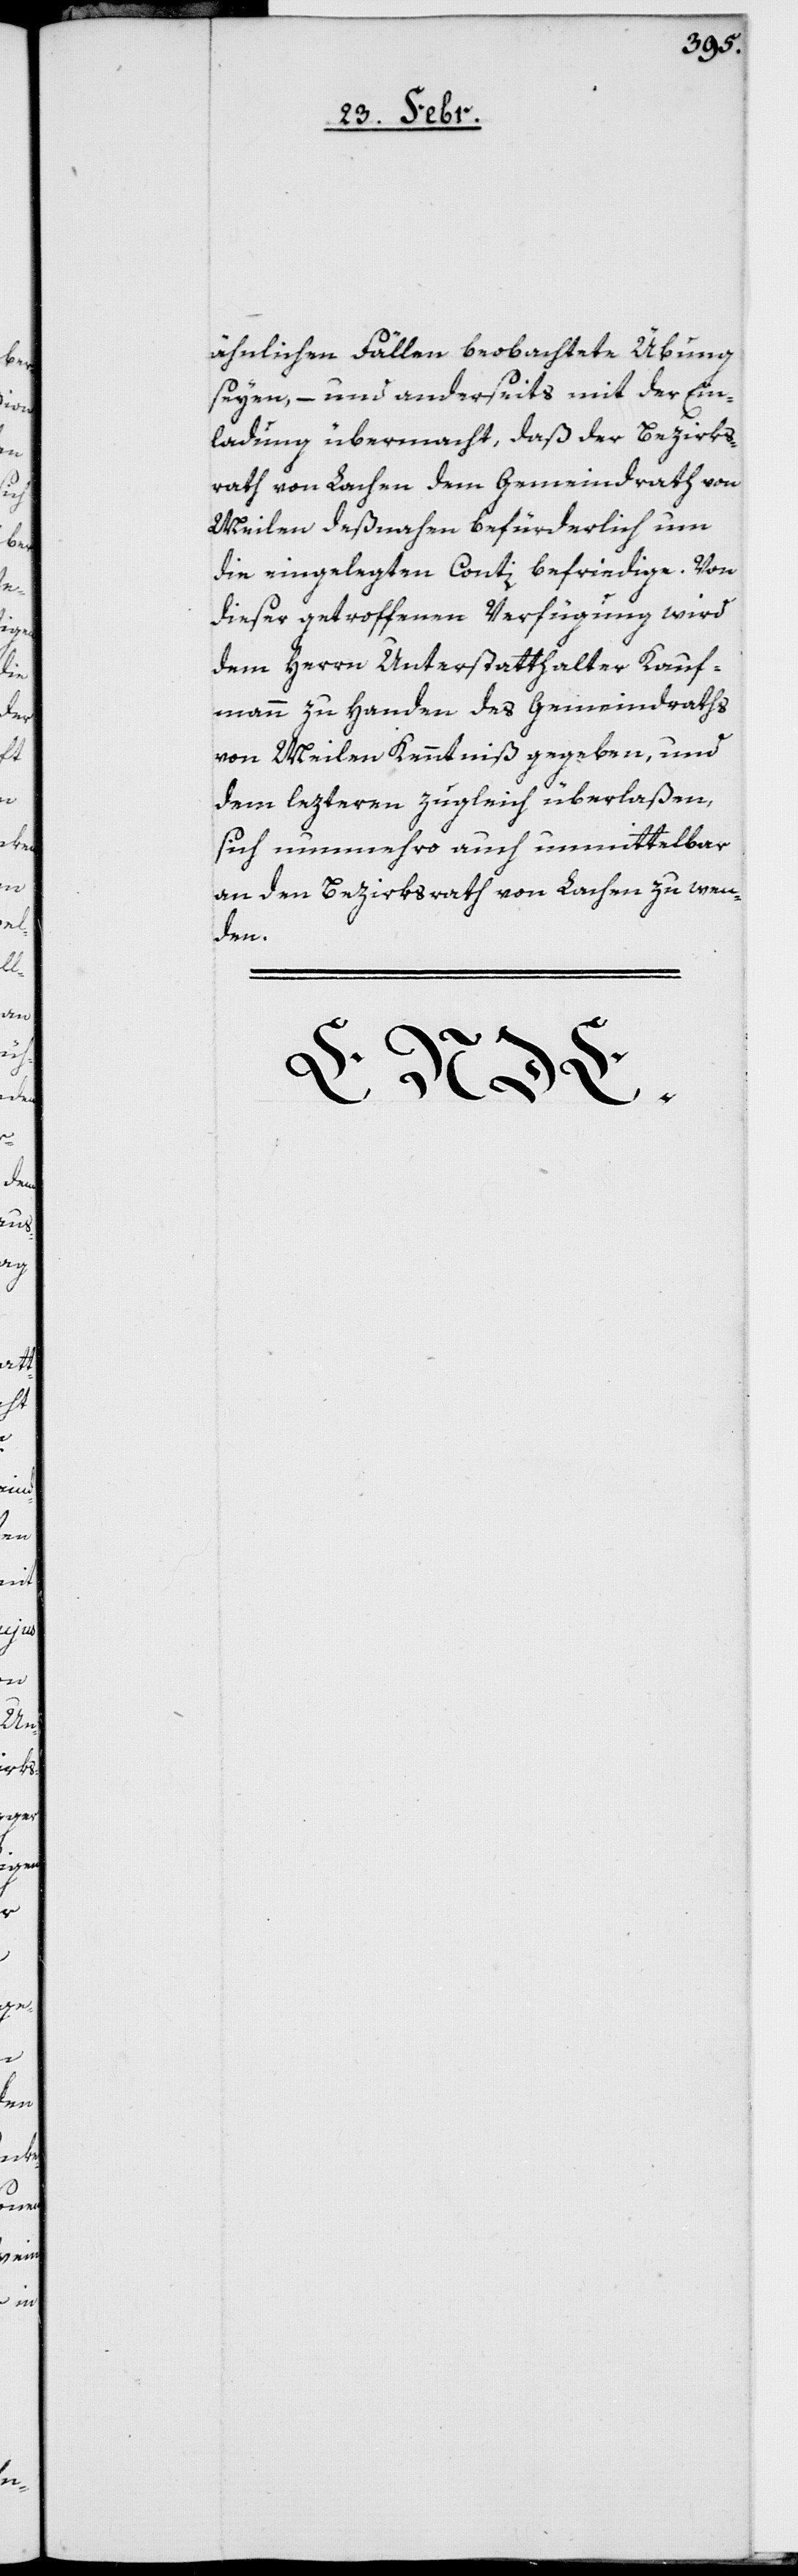
ähnlichen Fällen beobachtete Übung
seyen, – und anderseits mit der Ein¬
ladung übermacht, daß der Bezirks¬
rath von Lachen dem Gemeindrath von
Meilen deßnahen befürderlich um
die eingelegten Conti befriedige. Von
dieser getroffenen Verfügung wird
dem Herrn Unterstatthalter Kauf¬
mann zu Handen des Gemeindraths
von Meilen Kenntniß gegeben, und
dem letzteren zugleich überlaßen,
sich nunmehro auch unmittelbar
an den Bezirksrath von Lachen zu wen¬
den.